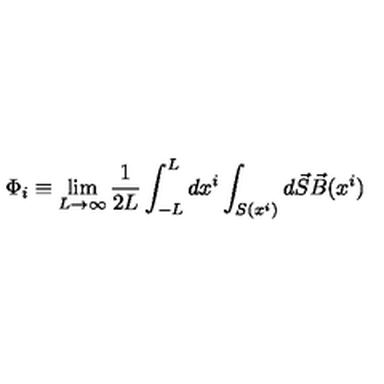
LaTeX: \Phi _ { i } \equiv \lim _ { L \rightarrow \infty } \frac { 1 } { 2 L } \int _ { - L } ^ { L } d x ^ { i } \int _ { S ( x ^ { i } ) } d \vec { S } \vec { B } ( x ^ { i } )